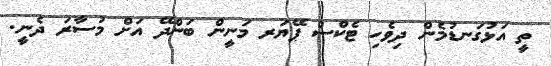
ތީ އަޅުގަނޑުމެން ދިވެހި ޓެކްސް ޕޭޔަރ މަނީން ބަންދޭ އަށް މުސާރަ ދެނީ.